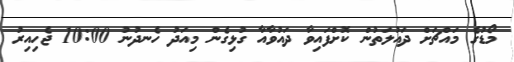
މޯޑުގެ މައްޗަށް ދައުލަތުން ކޮށްފައިވާ ދައުވާއާ ގުޅިގެން މިއަދު ހެނދުނު 10:00 ޖެހިއިރު